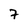
Character: 7